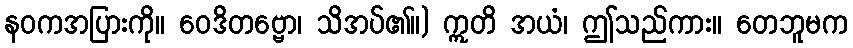
နဝကအပြားကို။ ဝေဒိတဗ္ဗော၊ သိအပ်၏။) ဣတိ အယံ၊ ဤသည်ကား။ တေဘူမက